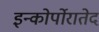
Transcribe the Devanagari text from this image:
इन्कोर्पोरातेद